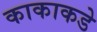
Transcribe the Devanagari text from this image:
काकाकडे